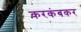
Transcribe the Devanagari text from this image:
करकंबकर